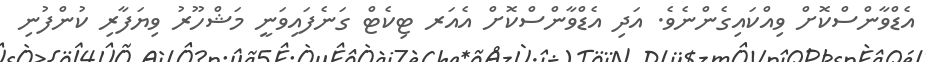
އެޑްވާންސްކޮށް ވިއްކައިގެންނެވެ. އަދި އެޑްވާންސްކޮށް އެއަރ ޓިކެޓް ގަނެފައިވަނީ މަޝްހޫރު ވިޔަފާރި ކުންފުނި